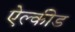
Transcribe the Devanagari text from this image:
ऐल्कीड